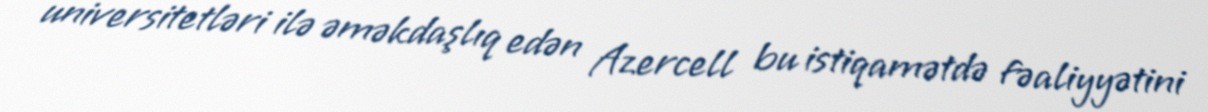
universitetləri ilə əməkdaşlıq edən Azercell bu istiqamətdə fəaliyyətini